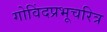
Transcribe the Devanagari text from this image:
गोविंदप्रभूचरित्र